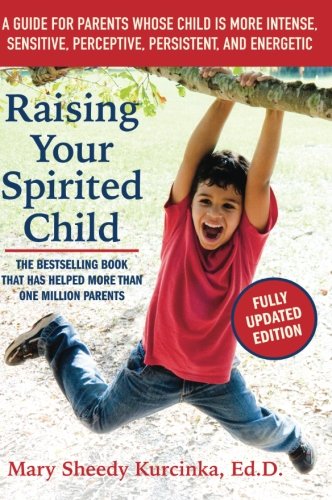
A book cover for Raising Your Spirited Child, Third Edition: A Guide for Parents Whose Child Is More Intense, Sensitive, Perceptive, Persistent, and Energetic; Mary Sheedy Kurcinka; Parenting & Relationships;